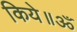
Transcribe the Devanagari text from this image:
किये॥ॐ